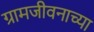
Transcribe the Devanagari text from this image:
ग्रामजीवनाच्या